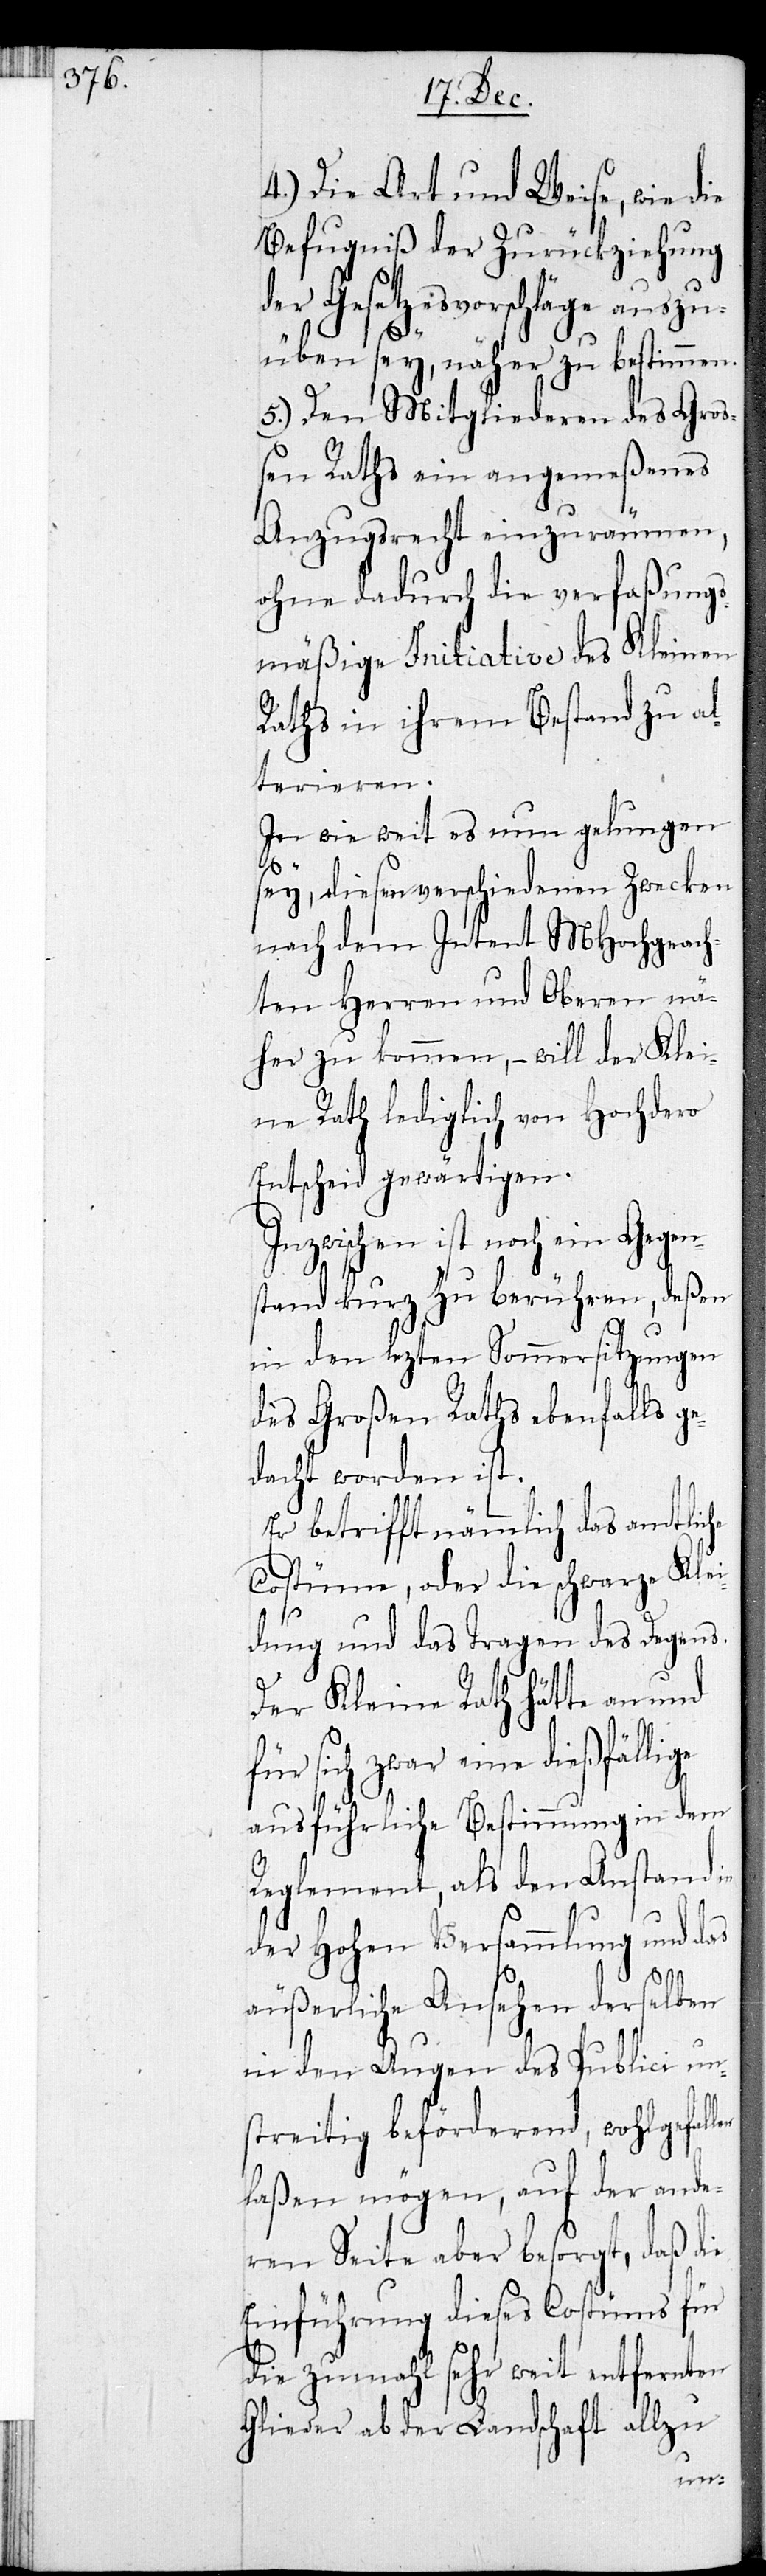
4.) Die Art und Weise, wie die
Befugniß der Zurückziehung
der Gesetzesvorschläge auszu¬
üben sey, näher zu bestimmen.
5.) Den Mitgliederen des Gro¬
ßen Raths ein angemeßenes
Anzugsrecht einzuräumen,
ohne dadurch die verfaßungs¬
mäßige Initiative des Kleinen
Raths in ihrem Bestand zu al¬
terieren.
In wie weit es nun gelungen
sey, diesen verschiedenen Zwecken
nach dem Intent MHochgeach¬
ten Herren und Oberen nä¬
her zu kommen, – will der Klei¬
ne Rath lediglich von Hochdero
Entscheid gewärtigen.
Inzwischen ist noch ein Gegen¬
stand kurz zu berühren, deßen
in den lezten Sommersitzungen
des Großen Raths ebenfalls
dacht worden ist.
Er betrifft nämmlich das amtli¬
Costüme, oder die schwarze K¬
dung und das Tragen des Degens.
Der Kleine Rath hätte an und
che
für sich zwar eine
in dem
ausführliche Bestimmung
un¬
Reglement, als den
der Hohen Versammlung und das
len
äußerliche Ansehen
in den Augen des
streitig beförderend, wohlgefal¬
laßen mögen, auf der ande¬
ren Seite aber besorgt, daß die
Einführung dieses Costüms für
die zumahl sehr weit entfernten
Glieder ab der Landschaft allzu